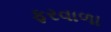
ફરવાળા